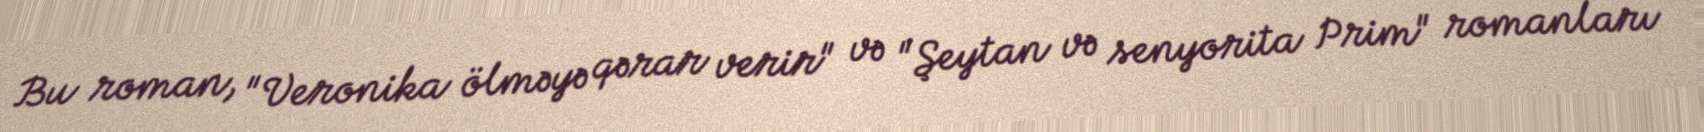
Bu roman, "Veronika ölməyə qərar verir" və "Şeytan və senyorita Prim" romanları